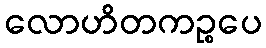
လောဟိတကဉ္စပေ